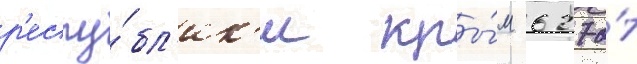
р'еспу́бл'ик'и кры́м 627 о́т